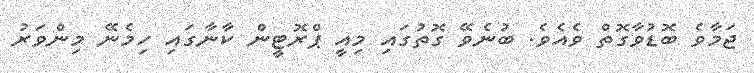
ޖަމާވެ ބޮޑުވާގޮތް ވެއެވެ. ބުނެވޭ ގޮތުގައި މިއީ ޕްރޮޓީން ކާނާގައި ހިމެނޭ މިންވަރު